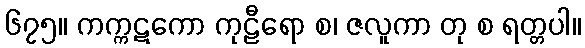
၆၇၅။ ကက္ကဋကော ကုဠီရော စ၊ ဇလူကာ တု စ ရတ္တပါ။